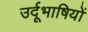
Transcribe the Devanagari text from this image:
उर्दूभाषियों